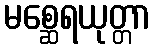
မစ္ဆေရယုတ္တာ